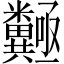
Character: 𱹩